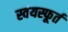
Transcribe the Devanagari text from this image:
स्वंयस्फूर्त